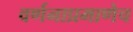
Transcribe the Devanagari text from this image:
वर्णनाप्रमाणेच